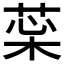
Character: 𦲜